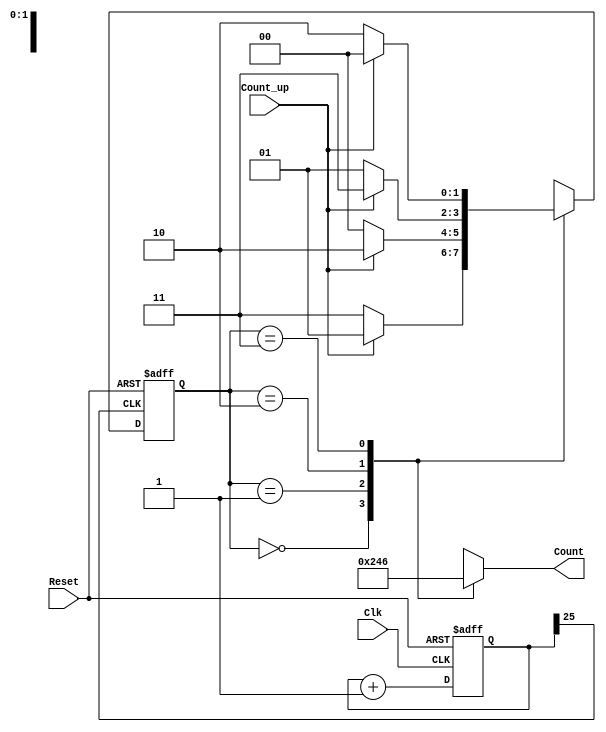
`timescale 1ns / 1ps
//////////////////////////////////////////////////////////////////////////////////
// Company: 
// Engineer: 
// 
// Design Name: 
// Module Name: CountFSM
// Project Name: 
// Target Devices: 
// Tool Versions: 
// Description: 
// 
// Dependencies: 
// 
// Revision:
// Revision 0.01 - File Created
// Additional Comments:
// 
//////////////////////////////////////////////////////////////////////////////////


module CountFSM(
    input Clk,
    input Reset,
    input Count_up,
    output reg [3:0] Count
    );
    //define present state and next state in the state diagram
    reg [1:0] next_state,present_state;
    //Use the keyword "parameter" for defining state variables
    parameter S0=2'b00,S1=2'b01,S2=2'b10,S3=2'b11;
    //Implementation of FSM------------State Register with clk_div
    reg [25:0] Clk_Div;
        always@(posedge Clk,posedge Reset)
        begin
        if(Reset==1)
        Clk_Div=0;
        else
        Clk_Div=Clk_Div+1;
        end
    always@(posedge Clk_Div[25], posedge Reset)
    begin
    if(Reset==1)
    present_state=2'b00;
    else
    present_state=next_state;
    end
    //Input and Output Logic.....................>
    //Input Block implementation
    always@(Count_up,present_state)
    begin
    case(present_state)
    S0:begin
       if(Count_up==1)
          next_state=S1;
       else
          next_state=S3;
       end
    S1:begin
       if(Count_up==1)
          next_state=S2;
       else
          next_state=S0;
       end
    
    S2:begin
       if(Count_up==1)
          next_state=S3;
       else
          next_state=S1;
       end
    S3:begin
       if(Count_up==1)
          next_state=S0;
       else
          next_state=S2;
       end
    
    endcase
    end
    //Output Block................>Moore...........>depends on input only
    always@(present_state)
    begin
    case(present_state)
    S0:Count=4'b0000;
    S1:Count=4'b0010;
    S2:Count=4'b0100;
    S3:Count=4'b0110;
    default:Count=4'b0000;
    endcase
    end
    
    
    
endmodule